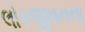
લોકજીવનના